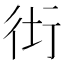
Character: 𧗥